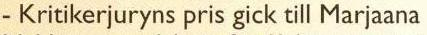
- Kritikerjuryns pris gick till Marjaana